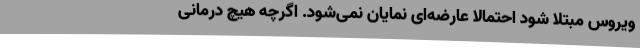
ویروس مبتلا شود احتمالاً عارضه‌ای نمایان نمی‌شود. اگرچه هیچ درمانی